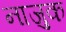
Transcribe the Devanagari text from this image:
नाजु़क